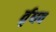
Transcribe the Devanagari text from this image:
र्तृधव